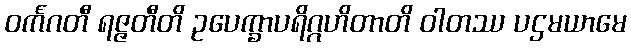
ဝင်္ကဂတီ ရဇ္ဇတီတိ ဥပေက္ခာပရိဂ္ဂဟိတာတိ ဝါတဿ ပဌမယာမေ